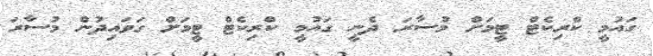
ގައުމީ ކްރިކެޓް ޓީމަށް މުސާރަ ދެނީ ގައުމީ ކްރިކެޓް ޓީމަށް ގަވައިދުން މުސާރަ